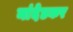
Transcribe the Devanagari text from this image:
नांदेडकर